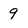
Character: 9